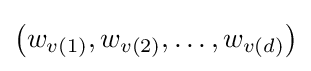
\left(w_{v(1)},w_{v(2)},\ldots ,w_{v(d)}\right)